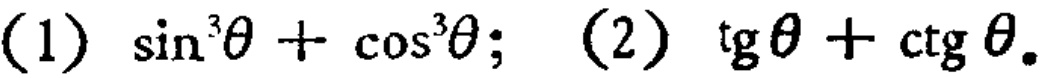
(1) \(\sin^{3}\theta+\cos^{3}\theta\); (2) \(\text{tg}\theta+\text{ctg}\theta\).